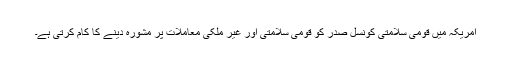
امریکہ میں قومی سلامتی کونسل صدر کو قومی سلامتی اور غیر ملکی معاملات پر مشورہ دینے کا کام کرتی ہے۔